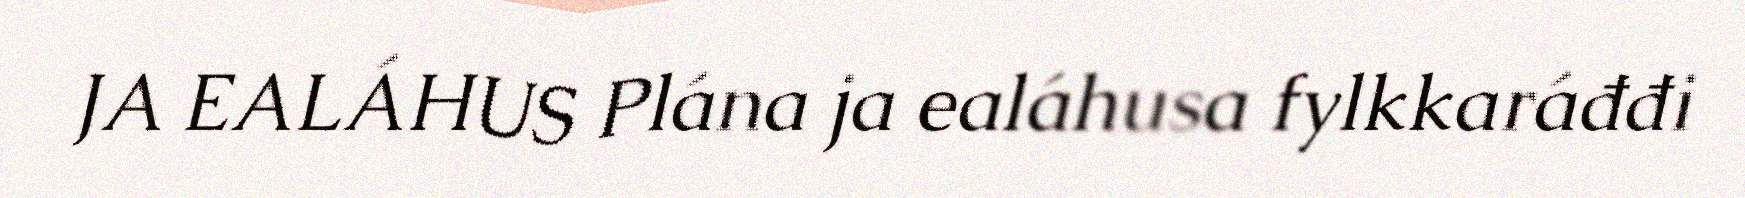
JA EALÁHUS Plána ja ealáhusa fylkkaráđđi